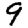
Digit: 9